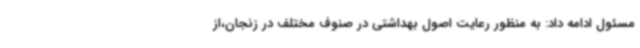
مسئول ادامه داد: به منظور رعایت اصول بهداشتی در صنوف مختلف در زنجان،از